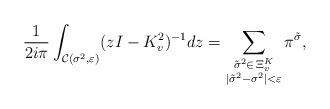
LaTeX: \begin{align*}\frac{1}{2i\pi}\int_{\mathcal{C}(\sigma^2,\varepsilon)}(zI-K_v^2)^{-1}dz= \sum_{\substack{\tilde{\sigma}^2\in\, \Xi^K_v \\ |\tilde{\sigma}^2-\sigma^2|<\varepsilon}}\pi^{\tilde{\sigma}},\end{align*}